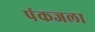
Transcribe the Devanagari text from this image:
पंकजला